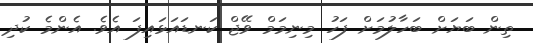
ތިން ބަޔަށް ބަހާލުމަށް ފަހު މިނިމަމް ވޭޖް ކަނޑައަޅައިފަ އެވެ. އެންމެ ކުދި